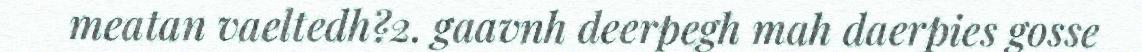
meatan vaeltedh?2. gaavnh deerpegh mah daerpies gosse